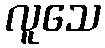
လူသေ